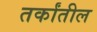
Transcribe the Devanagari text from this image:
तर्कांतील